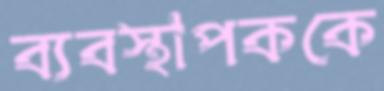
ব্যবস্থাপককে